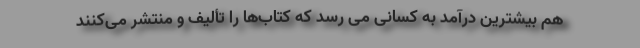
هم بیشترین درآمد به کسانی می رسد که کتاب‌ها را تألیف و منتشر می‌کنند